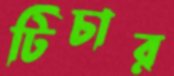
টিচার